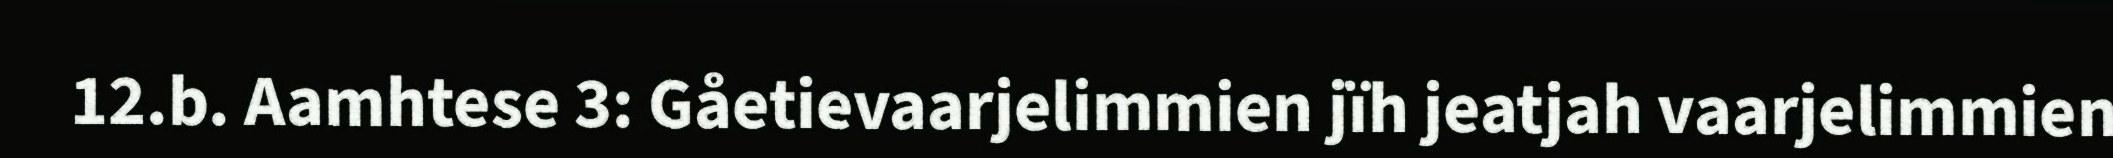
12.b. Aamhtese 3: Gåetievaarjelimmien jïh jeatjah vaarjelimmien